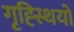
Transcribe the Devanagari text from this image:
गृह्स्थियों